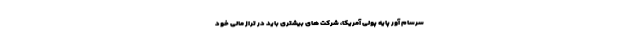
سرسام آور پایه پولی آمریکا، شرکت های بیشتری باید در تراز مالی خود